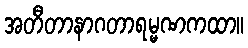
အတီတာနာဂတာရမ္မဏကထာ။